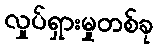
လှုပ်ရှားမှုတစ်ခု